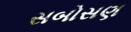
સબોસણ